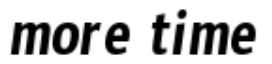
more time